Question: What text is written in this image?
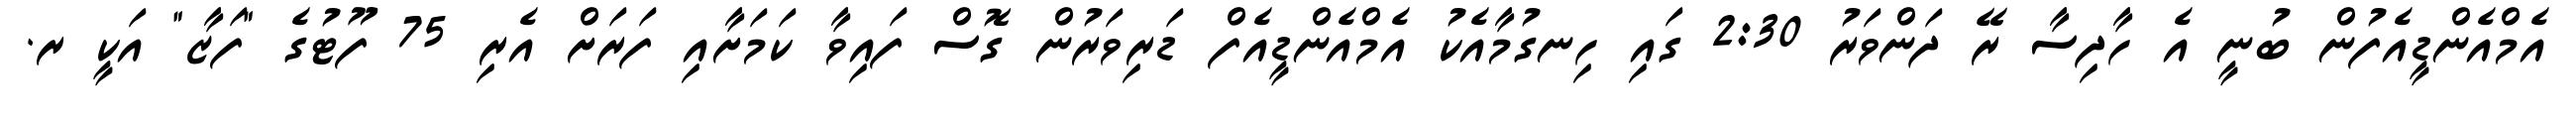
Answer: އެމްއެންޑީއެފުން ބުނީ އެ ހާދިސާ ރޭ ދަންވަރު 2:30 ގައި ހިނގުމާއެކު އެމްއެންޑީއެފް ޑަރިވަރުން ގޮސް ފައިވާ ކަމަށާއި ފަރަށް އެރި 75 ފޫޓުގެ "ފަޒާ" އަކީ ރ.